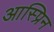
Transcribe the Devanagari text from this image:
आस्प्रिन